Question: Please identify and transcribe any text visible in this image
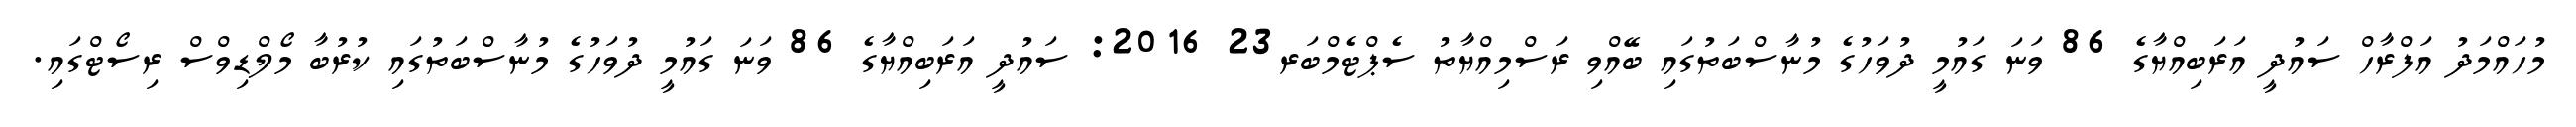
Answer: މުހައްމަދު އަފްރާހް ސައުދީ އަރަބިއްޔާގެ 86 ވަނަ ގައުމީ ދުވަހުގެ މުނާސްބަތުގައި ބޭއްވި ރަސްމިއްޔާތު ސެޕްޓެމްބަރ23 2016: ސައުދީ އަރަބިއްޔާގެ 86 ވަނަ ގައުމީ ދުވަހުގެ މުނާސްބަތުގައި ކުރުބާ މޯލްޑިވްސް ރިސޯޓްގައި.